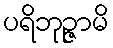
ပရိဘုဉ္ဇာမိ